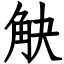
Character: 觖